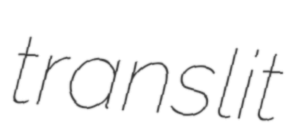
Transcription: translit